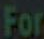
For